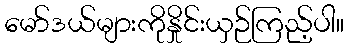
မော်ဒယ်များကိုနှိုင်းယှဉ်ကြည့်ပါ။